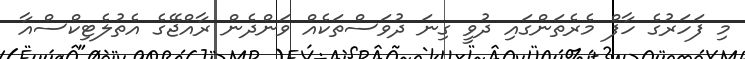
މި ފަހަރުގެ ހާފް މެރެތަންގައި ދުވީ ގިނަ ދުވަސްތަކެއް ވަންދެން ރާއްޖޭގެ އެތުލެޓިކްސްއާ